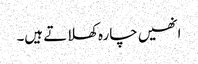
انھیں چارہ کھلاتے ہیں۔